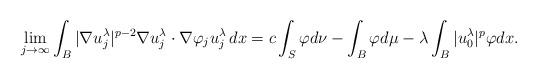
LaTeX: \begin{align*}\lim_{j \to \infty} \int_B |\nabla u^\lambda_j|^{p-2} \nabla u^\lambda_j \cdot \nabla \varphi_j u^\lambda_j\, dx = c \int_S \varphi d\nu - \int_B \varphi d\mu - \lambda \int_B |u^\lambda_0|^p \varphi dx.\end{align*}